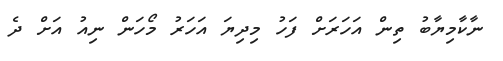
ނާކާމިޔާބު ތިން އަހަރަށް ފަހު މިދިޔަ އަހަރު މޯހަން ނިއު އަށް ދެ